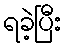
ရခဲ့ပြီး